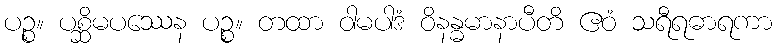
ပဉ္စ။ ပစ္ဆိမပဿေန ပဉ္စ။ တထာ ဝါမပါဒံ ဝိနန္ဓမာနာပီတိ ဧဝံ သရီရဓာရကာ